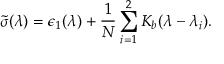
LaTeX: \tilde { \sigma } ( \lambda ) = \epsilon _ { 1 } ( \lambda ) + { \frac { 1 } { N } } \sum _ { i = 1 } ^ { 2 } K _ { b } ( \lambda - \lambda _ { i } ) .